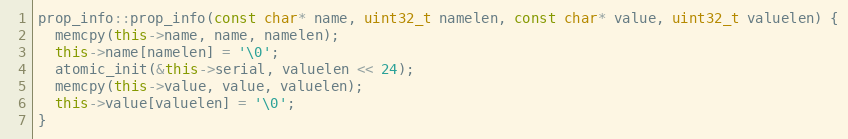
Language: C++
prop_info::prop_info(const char* name, uint32_t namelen, const char* value, uint32_t valuelen) {
  memcpy(this->name, name, namelen);
  this->name[namelen] = '\0';
  atomic_init(&this->serial, valuelen << 24);
  memcpy(this->value, value, valuelen);
  this->value[valuelen] = '\0';
}